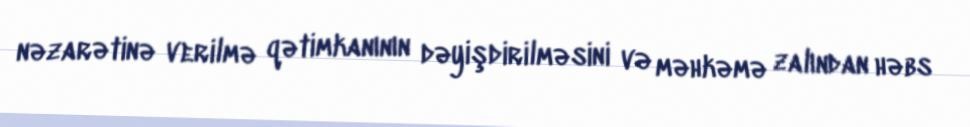
nəzarətinə verilmə qətimkanının dəyişdirilməsini və məhkəmə zalından həbs